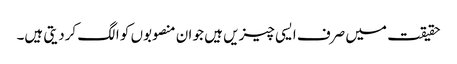
حقیقت میں صرف ایسی چیزیں ہیں جو ان منصوبوں کو الگ کردیتی ہیں۔